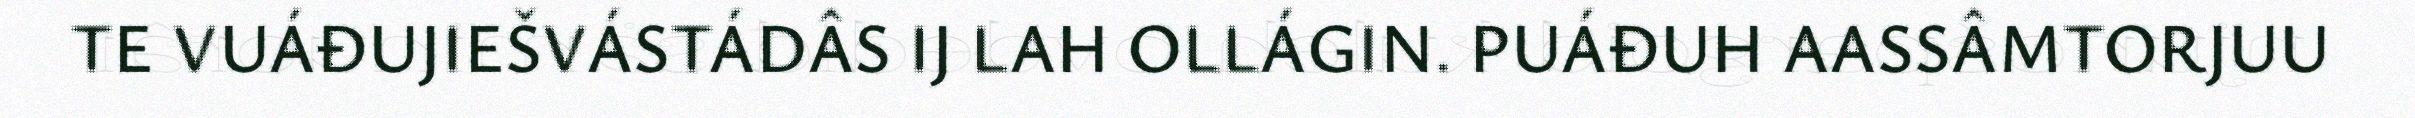
TE VUÁĐUJIEŠVÁSTÁDÂS IJ LAH OLLÁGIN. PUÁĐUH AASSÂMTORJUU